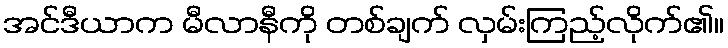
အင်ဒီယာက မီလာနီကို တစ်ချက် လှမ်းကြည့်လိုက်၏။